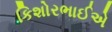
કિશોરભાઈએ